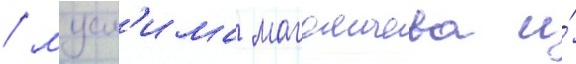
/ мусл'има магомаева и́